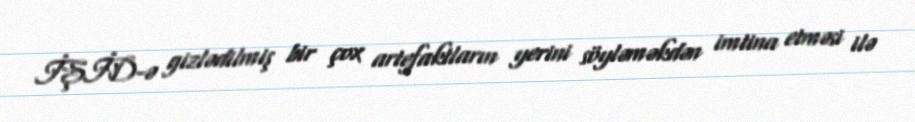
İŞİD-ə gizlədilmiş bir çox artefaktların yerini söyləməkdən imtina etməsi ilə